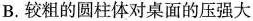
B.较粗的圆柱体对桌面的压强大